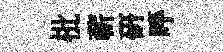
枇蔪硏呼